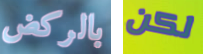
بالركض لكن